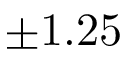
\pm 1 . 2 5